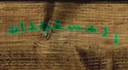
المستجدات